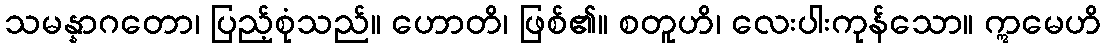
သမန္နာဂတော၊ ပြည့်စုံသည်။ ဟောတိ၊ ဖြစ်၏။ စတူဟိ၊ လေးပါးကုန်သော။ ဣမေဟိ